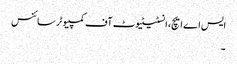
ایس اے ایچ، انسٹیٹیوٹ آف کمپیوٹر سائنس
۔